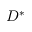
D ^ { * }